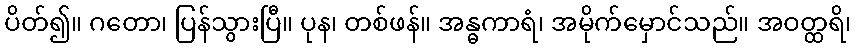
ပိတ်၍။ ဂတော၊ ပြန်သွားပြီ။ ပုန၊ တစ်ဖန်။ အန္ဓကာရံ၊ အမိုက်မှောင်သည်။ အဝတ္ထရိ၊